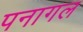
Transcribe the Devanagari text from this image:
पनागल